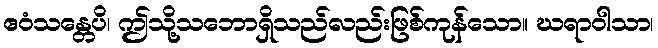
ဧဝံသန္တေပိ၊ ဤသို့သဘောရှိသည်လည်းဖြစ်ကုန်သော။ ဃရာဝါသာ၊